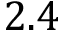
2 . 4